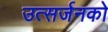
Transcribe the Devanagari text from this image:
उत्सर्जनको